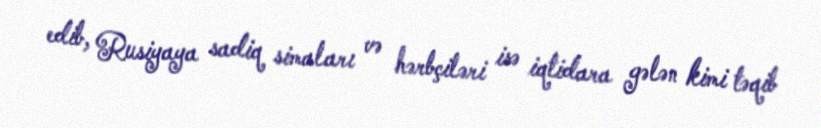
edib, Rusiyaya sadiq simaları və hərbçiləri isə iqtidara gələn kimi təqib